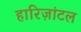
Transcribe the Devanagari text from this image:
हारिज़ांटल